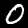
Label: 0